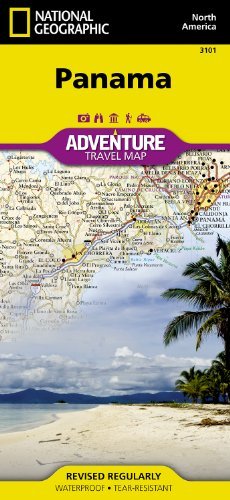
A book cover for By National Geographic Maps - Adventure - Panama (National Geographic: Adventure Map) (Adventure Map (Numbered)) (12.2.2012); National Geographic Maps - Adventure; Travel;